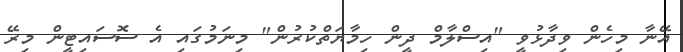
އޭނާ މިހެން ވިދާޅުވީ "އިސްލާމް ދީން ހިމާޔަތްކުރުން" މިނަމުގައި އެ ސޮސައިޓީން މިރޭ